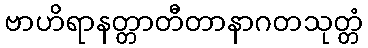
ဗာဟိရာနတ္တာတီတာနာဂတသုတ္တံ